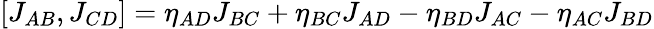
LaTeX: [J_{AB},J_{CD}]=\eta_{AD}J_{BC}+\eta_{BC}J_{AD}-\eta_{BD}J_{AC}-\eta_{AC}J_{BD}